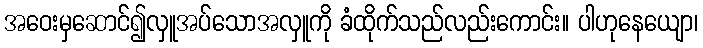
အဝေးမှဆောင်၍လှူအပ်သောအလှူကို ခံထိုက်သည်လည်းကောင်း။ ပါဟုနေယျော၊